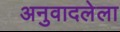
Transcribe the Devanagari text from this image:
अनुवादलेला